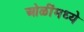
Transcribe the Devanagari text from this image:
ओळींमध्ये